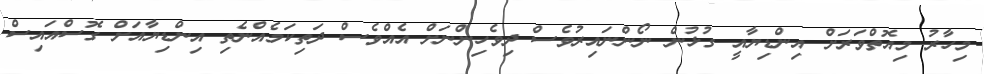
މިހާރު މިއޮތްވަރަށް އިންޑިޔާއީ ގުޅުން ނޯންނައިރުވެސް ދިވެހިންނަށް އެއްވެސް ދަތިކަމެއްނެތި އިންޑިޔާއަށް ގޮސްއައިސް